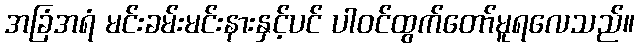
အခြံအရံ မင်းခမ်းမင်းနားနှင့်ပင် ပါဝင်ထွက်တော်မူရလေသည်။